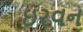
ઇરવન